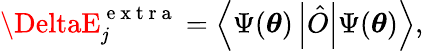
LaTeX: \DeltaE_{\mathit{j}}^{\mathrm{{~e~x~t~r~a~}}}=\left\langle\Psi(\boldsymbol{\theta})\left|\hat{{O}}\right|\Psi(\boldsymbol{\theta})\right\rangle,